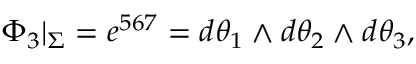
\Phi _ { 3 } | _ { \Sigma } = e ^ { 5 6 7 } = d \theta _ { 1 } \wedge d \theta _ { 2 } \wedge d \theta _ { 3 } ,